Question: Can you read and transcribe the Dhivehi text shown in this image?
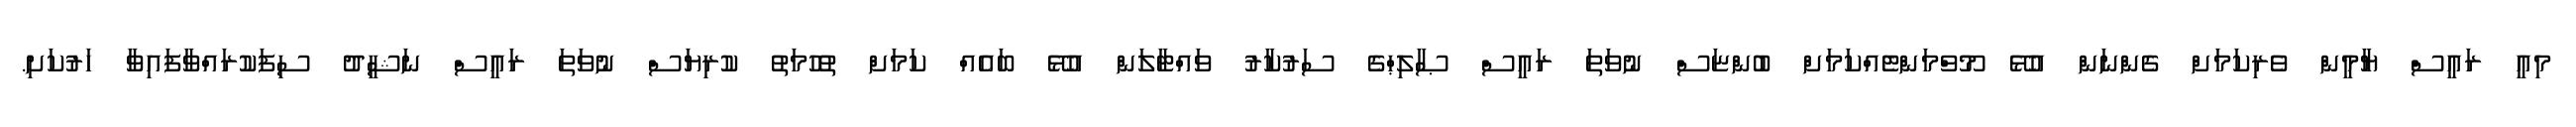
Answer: މިއީ ރައީސް ޔާމީން ވެރިކަމަށް ގެންނަން އުޅޭ މޫވްމަންޓެއްކަމަށް ބުންޏަސް ނުވަތަ ރައީސް ޞާލިޙްގެ ސަރުކާރު ވައްޓާލަން އުޅޭ ބައެއް ކަމަށް ތުހުމަތު ކުރިޔަސް ނުވަތަ ރައީސް ނަޝީދު ސިފަކުރައްވާފައިވާ ހަރުކަށި.